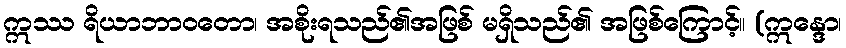
ဣဿ ရိယာဘာဝတော၊ အစိုးရသည်၏အဖြစ် မရှိသည်၏ အဖြစ်ကြောင့်။ (ဣန္ဒော၊